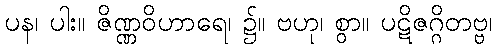
ပန၊ ပါး။ ဇိဏ္ဏဝိဟာရေ၊ ၌။ ဗဟု၊ စွာ။ ပဋိဇဂ္ဂိတဗ္ဗ၊